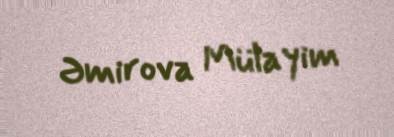
Əmirova Mülayim